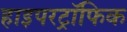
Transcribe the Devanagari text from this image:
हाइपरट्रॉफिक